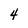
Character: 4